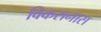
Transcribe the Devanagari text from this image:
विकसनास